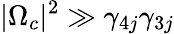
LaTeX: |\Omega_{c}|^{2}\gg\gamma_{4j}\gamma_{3j}